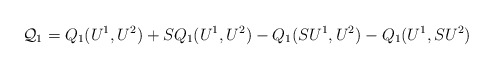
\begin{align*} \mathcal{Q}_1= Q_{1}(U^1, U^2)+ SQ_{1}(U^1, U^2)- Q_{1}(SU^1, U^2)- Q_{1}(U^1, SU^2) \end{align*}